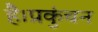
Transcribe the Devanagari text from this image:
है।प्रकुंचन